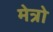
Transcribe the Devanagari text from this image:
मेत्रो